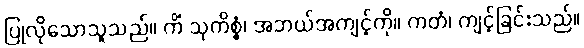
ပြုလိုသောသူသည်။ ကိံ သုကိစ္စံ၊ အဘယ်အကျင့်ကို။ ကတံ၊ ကျင့်ခြင်းသည်။